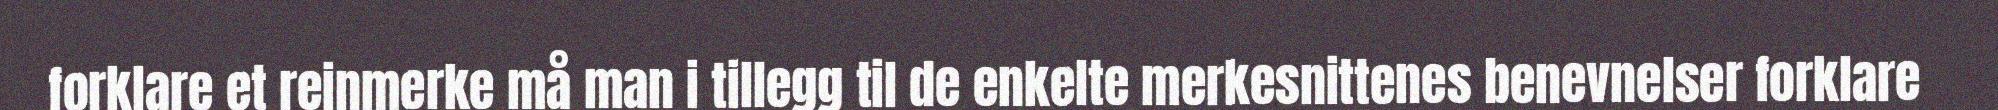
forklare et reinmerke må man i tillegg til de enkelte merkesnittenes benevnelser forklare